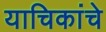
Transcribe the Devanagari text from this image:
याचिकांचे